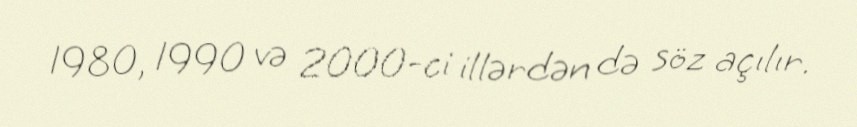
1980, 1990 və 2000-ci illərdən də söz açılır.